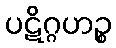
ပဋိဂ္ဂဟဉ္စ